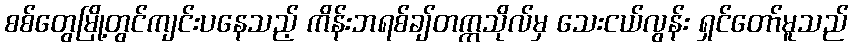
စစ်တွေမြို့တွင်ကျင်းပနေသည့် ကိန်းဘရစ်ချ်တက္ကသိုလ်မှ သေးငယ်လွန်း ရှင်တော်မူသည်